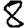
Digit: 8